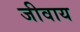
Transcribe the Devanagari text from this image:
जीवाय